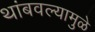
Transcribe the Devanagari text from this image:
थांबवल्यामुळे